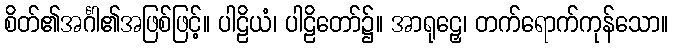
စိတ်၏အင်္ဂါ၏အဖြစ်ဖြင့်။ ပါဠိယံ၊ ပါဠိတော်၌။ အာရုဠှေ၊ တက်ရောက်ကုန်သော။